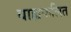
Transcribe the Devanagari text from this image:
बाह्यफलित